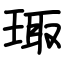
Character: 㻓